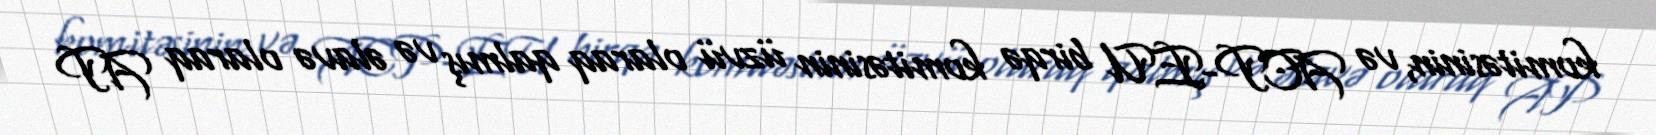
komitəsinin, və ACP-EU birqə komitəsinin üzvü olaraq qalmış və əlavə olaraq AP